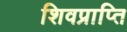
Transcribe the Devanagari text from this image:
शिवप्राप्ति